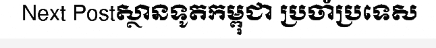
Next Postស្ថានទូតកម្ពុជា ប្រចាំប្រទេស